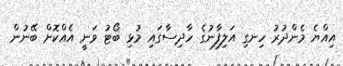
އިއްޔެ މެންދުރު ހިނގި އަލިފާނުގެ ހާދިސާގައި މުޅި ބޯޓު ވަނީ އެއްކޮށް ބޭނުން